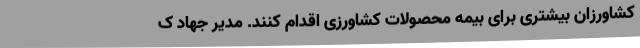
کشاورزان بیشتری برای بیمه محصولات کشاورزی اقدام کنند. مدیر جهاد ک